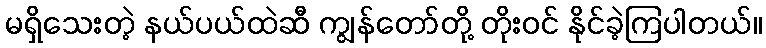
မရှိသေးတဲ့ နယ်ပယ်ထဲဆီ ကျွန်တော်တို့ တိုးဝင် နိုင်ခဲ့ကြပါတယ်။